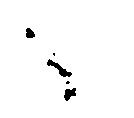
く